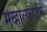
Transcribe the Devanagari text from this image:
मव्होल्फगांग